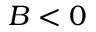
B < 0